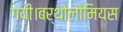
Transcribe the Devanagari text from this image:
गयी।बर्थोलोमियस